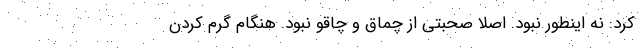
کرد: نه اینطور نبود. اصلا صحبتی از چماق و چاقو نبود. هنگام گرم کردن